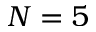
N = 5